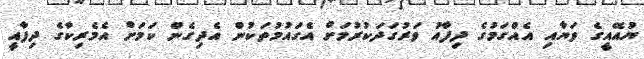
ޔުއޭއީގެ ވަޔާއި އެއްގަމުގެ ދިފާއު ވަރުގަދަކުރުމަށް އެގައުމުތަކުން އެދިގެން ކަމަށް އެމެރިކާގެ ދިފާއީ